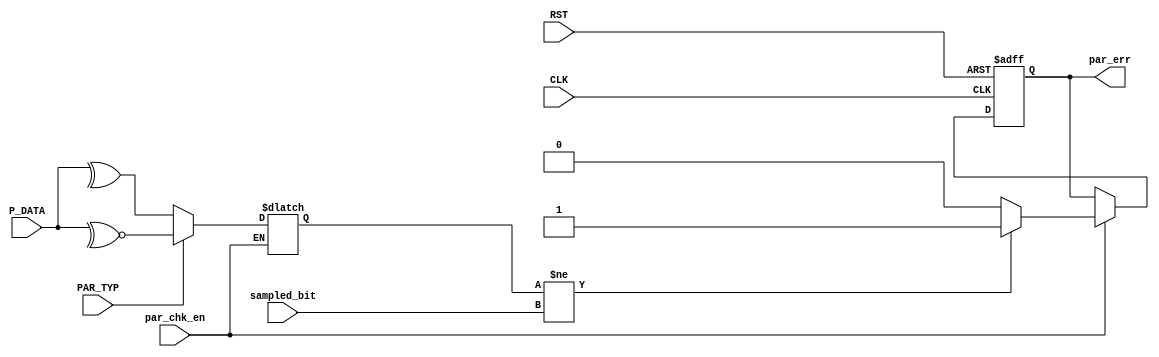
/********************************************************************************************/
/********************************************************************************************/
/**************************		Author: Alyaa Mohamed    ************************************/
/**************************		Module: parity_check     ************************************/
/********************************************************************************************/
/********************************************************************************************/

module parity_check #(parameter DATA_WIDTH = 8)
(
    input   wire                        PAR_TYP                                 ,
    input   wire                        par_chk_en                              ,
    input   wire                        sampled_bit                             ,
    input   wire    [DATA_WIDTH-1:0]    P_DATA                                  ,
    input   wire                        CLK                                     ,
    input   wire                        RST                                     ,

    output  reg                         par_err
);

/********************************************************************************************/
/********************************************************************************************/

    reg                                 par_bit                                 ;

/********************************************************************************************/
/*********************************Calculate the parity***************************************/

    always @(*)
        begin
            if(par_chk_en)
                begin

                    case(PAR_TYP)
                    
                        1'b0:    par_bit = ^P_DATA                              ;
                        1'b1:    par_bit = ~^P_DATA                             ;
                        default: par_bit = 1'd0		                            ;
                    
                    endcase
                
                end

        end

/********************************************************************************************/
/**********************************Check the Error*******************************************/

    always @(posedge CLK or negedge RST)
        begin

            if(!RST)
            
                par_err <= 1'b0                                                 ;
            
            else if(par_chk_en)
                begin

                    if(par_bit != sampled_bit)

                        par_err <= 1'b1                                         ;

                    else

                        par_err <= 1'b0                                         ;
                
                end

        end

    
endmodule